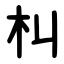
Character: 朻